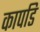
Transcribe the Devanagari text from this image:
कापडि